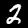
Digit: 2